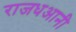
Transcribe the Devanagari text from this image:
राजधआनी